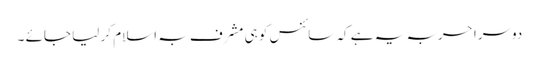
دوسرا حربہ یہ ہے کہ سائنس کو ہی مشرف بہ اسلام کر لیا جائے ۔